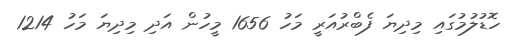
ހޮޑުލުމުގައި މިދިޔަ ފެބްރުއަރީ މަހު 1656 މީހުން އަދި މިދިޔަ މަހު 1214